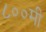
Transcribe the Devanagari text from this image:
८००मी